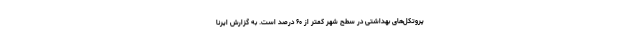
پروتکل‌های بهداشتی در سطح شهر کمتر از ۶۰ درصد است. به گزارش ایرنا